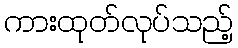
ကားထုတ်လုပ်သည့်